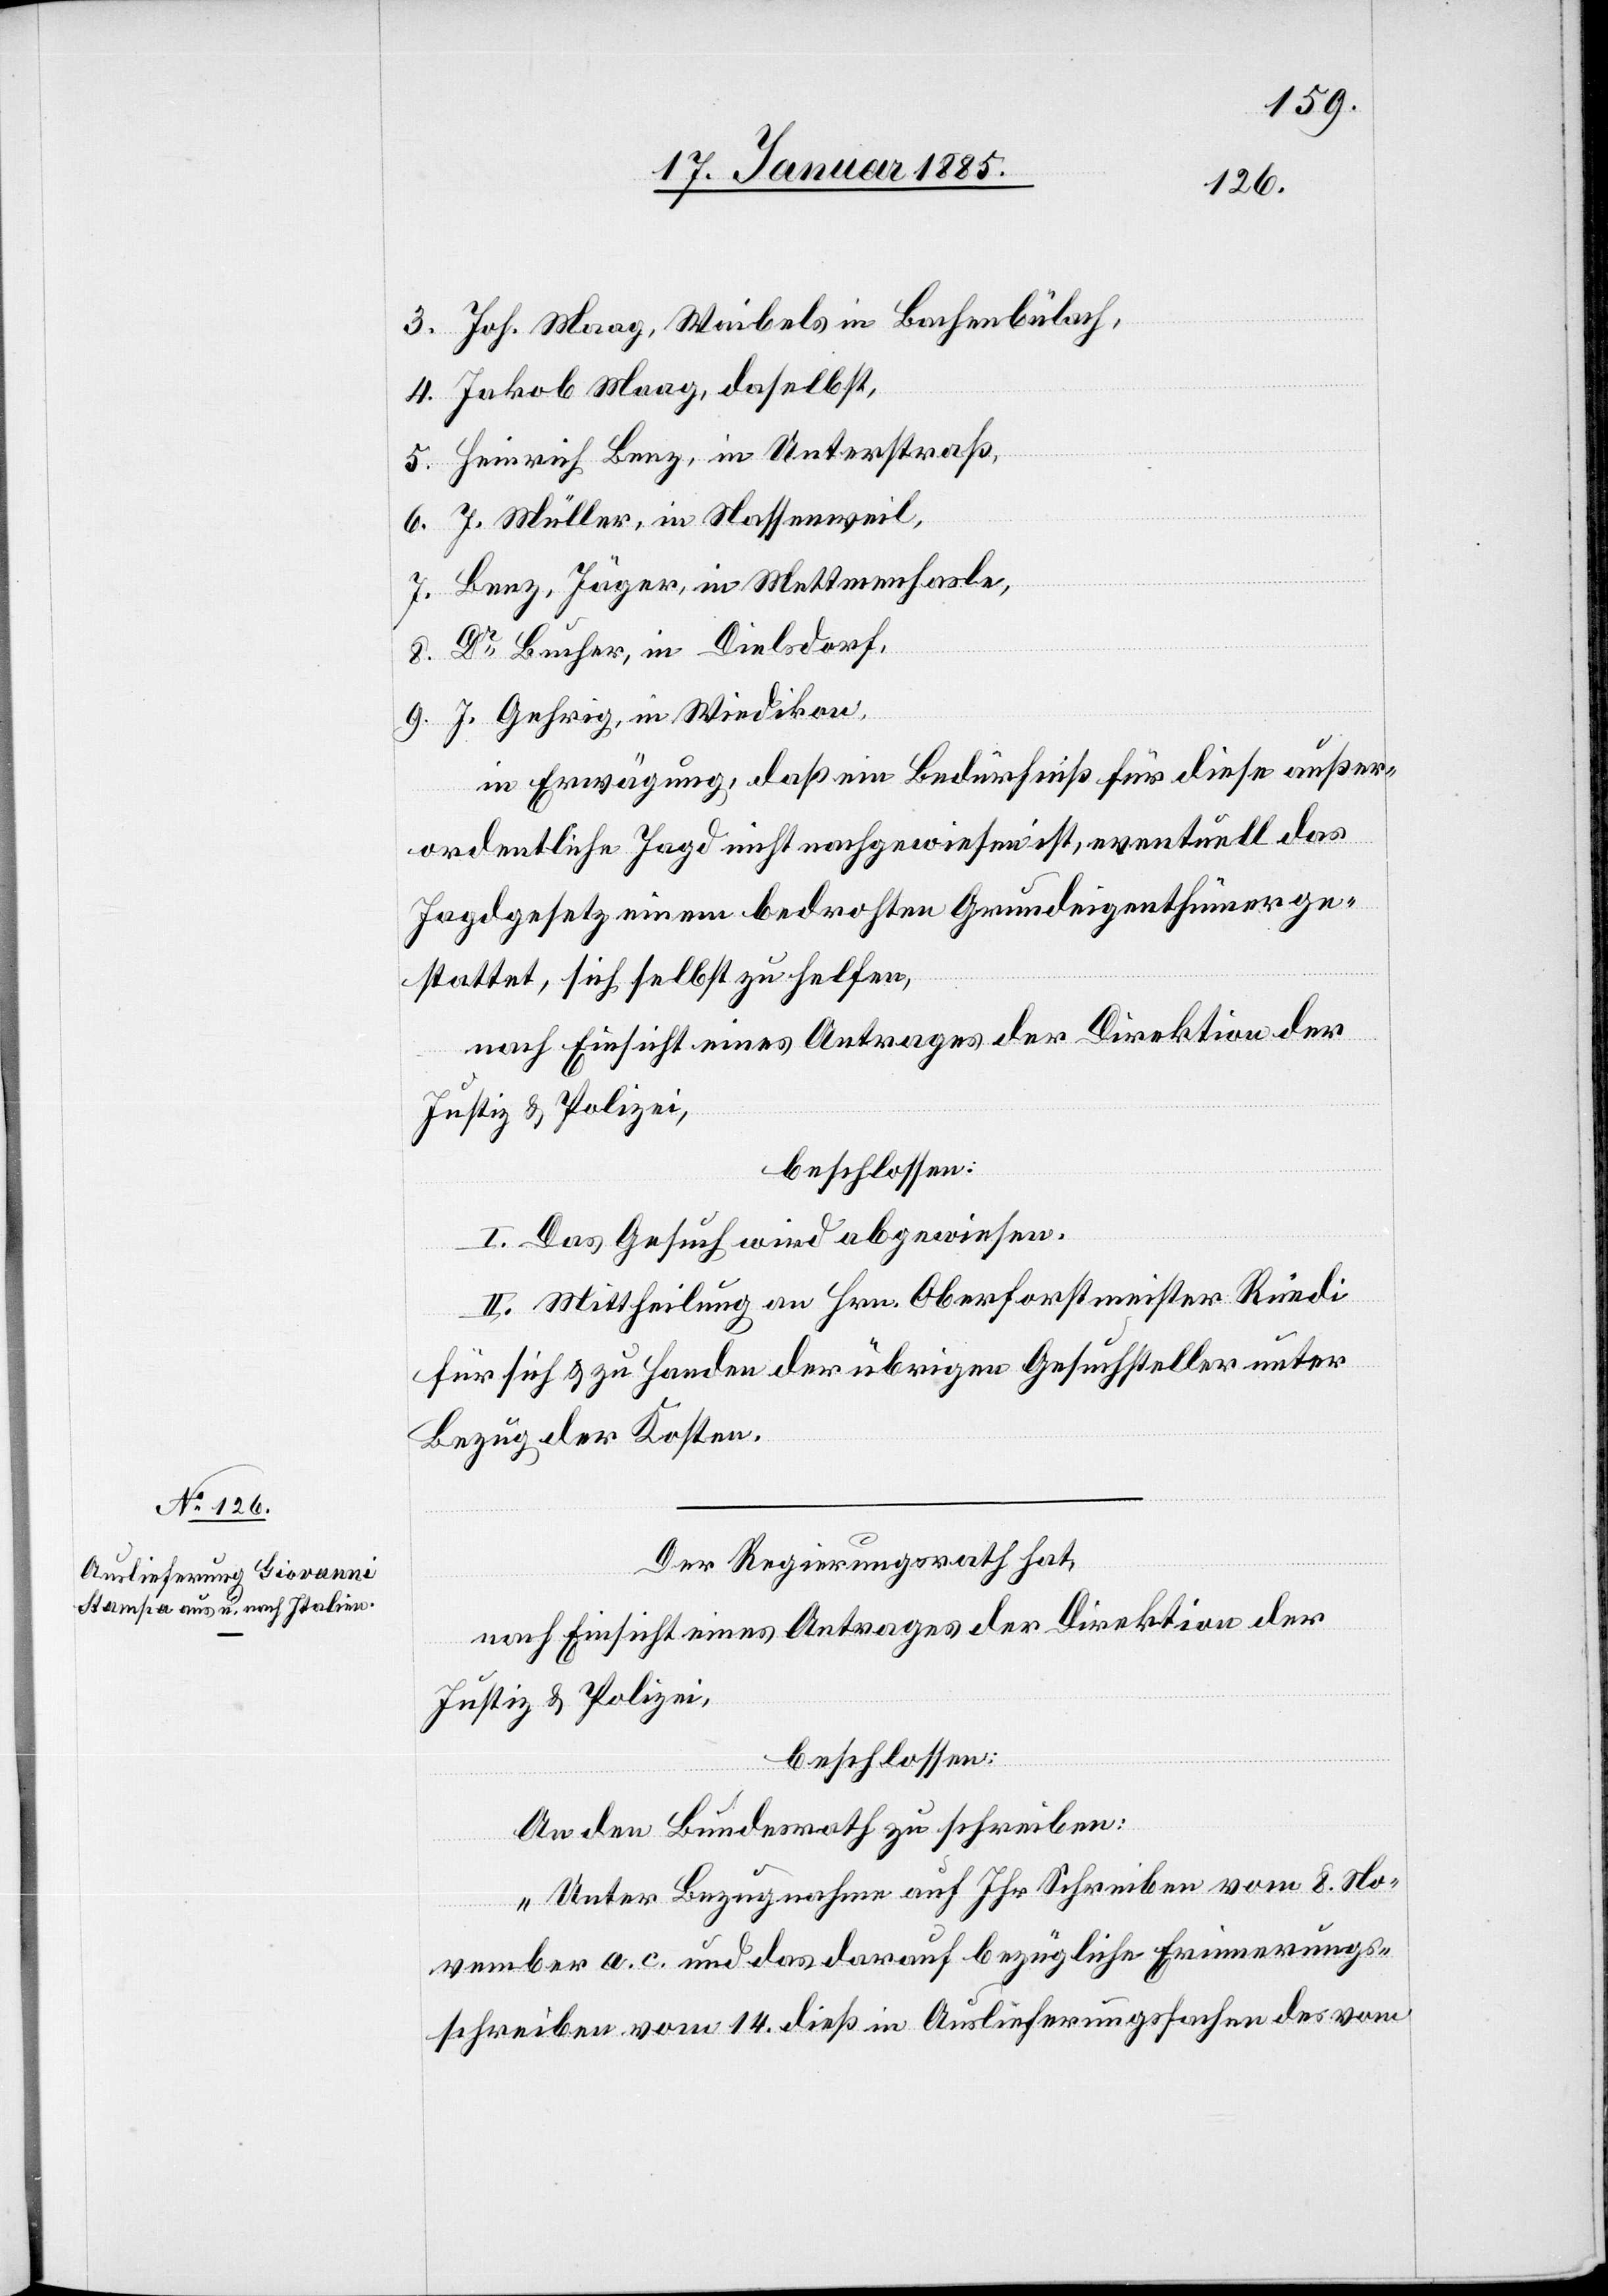
3. Joh. Maag, Waibels in Bachenbülach,
4. Jakob Maag, daselbst,
5. Heinrich Benz, in Unterstraß,
6. J. Müller, in Nassenweil,
7. Benz, Jäger, in Mettmenhasle,
8. Dr Bucher, in Dielsdorf,
9. J. Gehrig, in Wiedikon,
in Erwägung, daß ein Bedürfniß für diese außer¬
ordentliche Jagd nicht nachgewiesen ist, eventuelle das
Jagdgesetz einem bedrohten Grundeigenthümer ge¬
stattet, sich selbst zu helfen,
nach Einsicht eines Antrages der Direktion der
Justiz & Polizei,
beschlossen:
I. Das Gesuch wird abgewiesen.
II. Mittheilung an Hrn. Oberforstmeister Rüedi
für sich & zu Handen der übrigen Gesuchsteller unter
Bezug der Kosten.
Der Regierungsrath hat,
nach Einsicht eines Antrages der Direktion der
Justiz & Polizei,
beschlossen:
An den Bundesrath zu schreiben:
„Unter Bezugnahme auf Ihr Schreiben vom 8. No¬
vember a. c. und das darauf bezügliche Erinnerungs¬
schreiben vom 14. dieß in Auslieferungssachen des vom